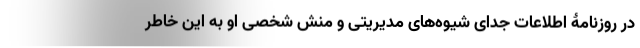
در روزنامۀ اطلاعات جدای شیوه‌های مدیریتی و منش شخصی او به این خاطر